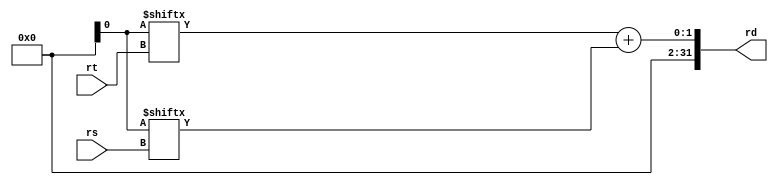
module add(
	rs, rt, rd
);

input [4:0] rs, rt;
output [31:0] rd;

assign rd = glob.r[rt] + glob.r[rs];

endmodule